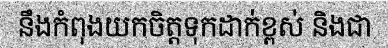
នឹងកំពុងយកចិត្តទុកដាក់ខ្ពស់ និងជា